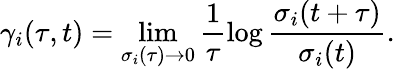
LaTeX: \gamma_{i}(\tau,t)=\operatorname*{lim}_{\sigma_{i}(\tau)\rightarrow 0}\frac{1}{\tau}\log\frac{\sigma_{i}(t+\tau)}{\sigma_{i}(t)}.